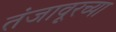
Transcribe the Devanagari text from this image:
तंजावूरच्या